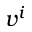
v ^ { i }